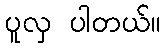
ပူလှ ပါတယ်။